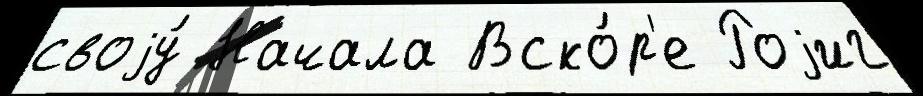
своjу́ Начала Вско́р'е Роjиг